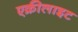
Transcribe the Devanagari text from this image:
एक्रीलाइट